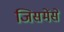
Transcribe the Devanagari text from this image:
जिसमेंसे